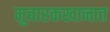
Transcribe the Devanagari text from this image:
मुबारकखानात